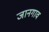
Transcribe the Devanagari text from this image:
जानगाव